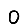
Digit: 0